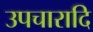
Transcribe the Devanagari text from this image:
उपचारादि